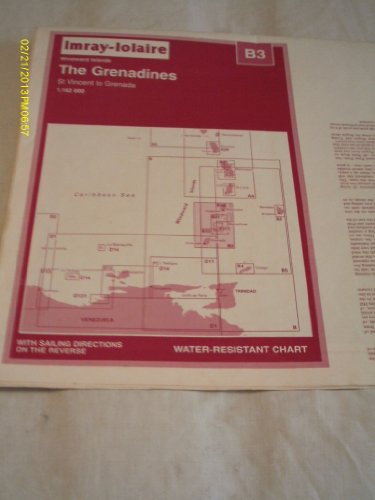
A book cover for The Grenadines: St.Vincent to Grenada (Caribbean Charts); Imray; Travel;